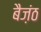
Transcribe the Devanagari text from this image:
बैज़ंठ